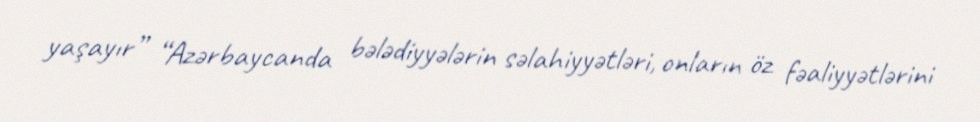
yaşayır” “Azərbaycanda bələdiyyələrin səlahiyyətləri, onların öz fəaliyyətlərini